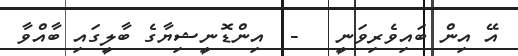
އޭ އިން ބައިވެރިވަނީ   -  އިންޑޮނީޝިޔާގެ ބާލީގައި ބާއްވާ